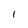
Character: 1